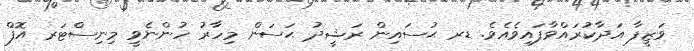
ވަޒީފާ އަދާކުރައްވާފައިވެއެވެ. ޑރ ޙުސައިން ރަޝީދު ޙަސަން މިހާރު ހުންނެވީ މިނިސްޓަރ އޮފް